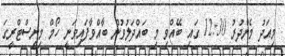
މިއަދު މެންދުރު 12:30 ގައި ބޭއްވި މި ބައްދަލުވުން ބާއްވާފައިވަަނީ ހޯމް މިނިސްޓްރީގަ